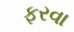
ફરવા